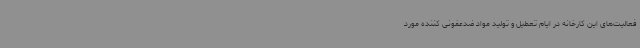
فعالیت‌های این کارخانه در ایام تعطیل و تولید مواد ضدعفونی کننده مورد